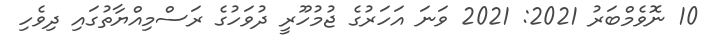
10 ނޮވެމްބަރު 2021: 2021 ވަނަ އަހަރުގެ ޖުމުހޫރީ ދުވަހުގެ ރަސްމިއްޔާތުގައި ދިވެހި